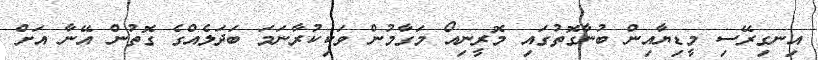
އިނގިރޭސި މީޑިޔާއިން ބުނާގޮތުގައި މޮރީނިއޯ މަގާމުން ވަކިކުރާނަމަ ބަދަލެއްގެ ގޮތުން އޭނާ އަށް